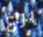
براغ